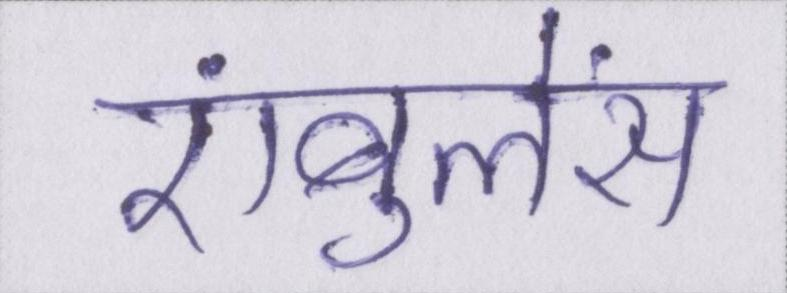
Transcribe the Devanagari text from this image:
एंबुलेंस